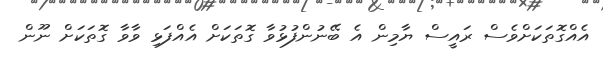
އެއްގޮތަކަށްވެސް ރައީސް ޔާމިން އެ ބޭނުންފުޅުވާ ގޮތަކަށް އެއްފަޅި ވާވާ ގޮތަކަށް ނޫން